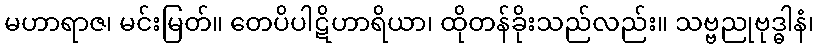
မဟာရာဇ၊ မင်းမြတ်။ တေပိပါဋိဟာရိယာ၊ ထိုတန်ခိုးသည်လည်း။ သဗ္ဗညုဗုဒ္ဓါနံ၊